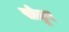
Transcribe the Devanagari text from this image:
सोढुर